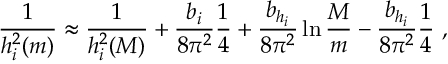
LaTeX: \frac { 1 } { h _ { i } ^ { 2 } ( m ) } \approx \frac { 1 } { h _ { i } ^ { 2 } ( M ) } + \frac { b _ { i } } { 8 \pi ^ { 2 } } \frac { 1 } { 4 } + \frac { b _ { h _ { i } } } { 8 \pi ^ { 2 } } \ln \frac { M } { m } - \frac { b _ { h _ { i } } } { 8 \pi ^ { 2 } } \frac { 1 } { 4 } \ ,